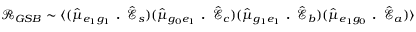
\mathcal { R } _ { G S B } \sim \langle ( \hat { \mu } _ { e _ { 1 } g _ { 1 } } \textbf { . } \hat { \mathcal { E } } _ { s } ) ( \hat { \mu } _ { g _ { 0 } e _ { 1 } } \textbf { . } \hat { \mathcal { E } } _ { c } ) ( \hat { \mu } _ { g _ { 1 } e _ { 1 } } \textbf { . } \hat { \mathcal { E } } _ { b } ) ( \hat { \mu } _ { e _ { 1 } g _ { 0 } } \textbf { . } \hat { \mathcal { E } } _ { a } ) \rangle